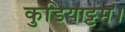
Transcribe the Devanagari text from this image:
कुडियाट्टम।